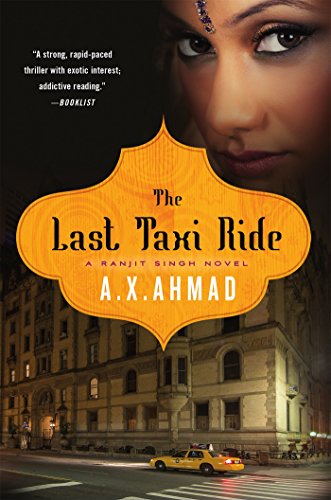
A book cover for The Last Taxi Ride: A Ranjit Singh Novel; A. X. Ahmad; Mystery, Thriller & Suspense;